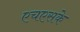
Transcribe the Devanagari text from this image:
एचएसके